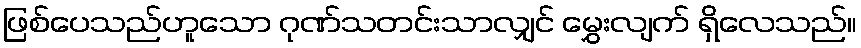
ဖြစ်ပေသည်ဟူသော ဂုဏ်သတင်းသာလျှင် မွှေးလျက် ရှိလေသည်။